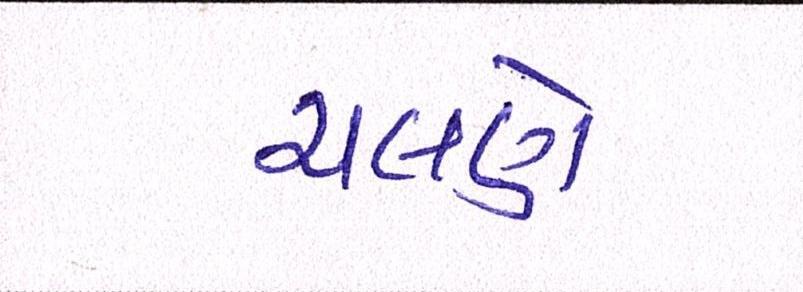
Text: ચલણે